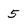
Character: 5